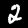
Label: 2